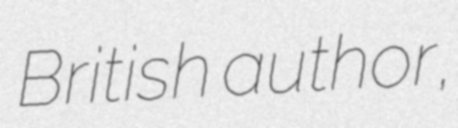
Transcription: British author,